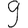
Digit: 9